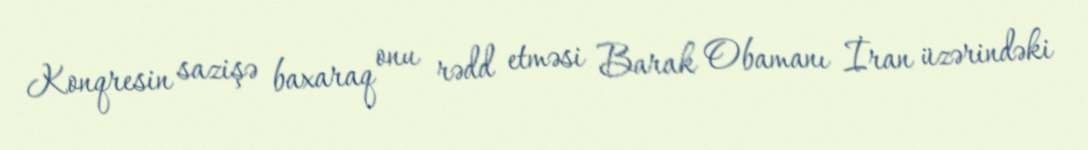
Konqresin sazişə baxaraq onu rədd etməsi Barak Obamanı İran üzərindəki